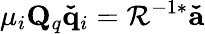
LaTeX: \mu_{i}\mathbf{Q}_{q}\mathbf{\check{q}}_{i}=\mathbf{\mathcal{R}}^{-1*}\mathbf{\check{a}}